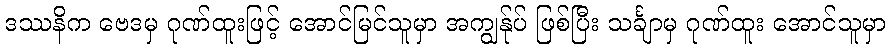
ဒဿနိက ဗေဒမှ ဂုဏ်ထူးဖြင့် အောင်မြင်သူမှာ အကျွန်ုပ် ဖြစ်ပြီး သင်္ချာမှ ဂုဏ်ထူး အောင်သူမှာ